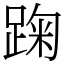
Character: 踘